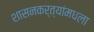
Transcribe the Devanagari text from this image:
शासनकर्त्यांमधला